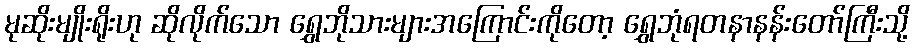
မုဆိုးမျိုးရိုးဟု ဆိုလိုက်သော ရွှေဘိုသားများအကြောင်းကိုတော့ ရွှေဘုံရတနာနန်းတော်ကြီးသို့